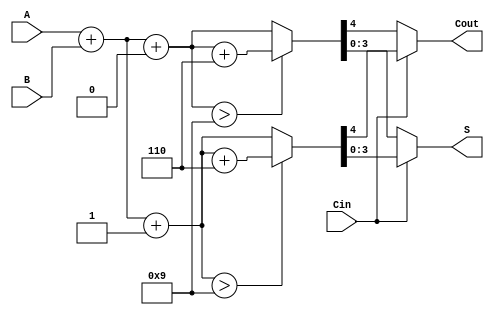
module BCD_MCSA (
    input [3:0] A,      // BCD digit A
    input [3:0] B,      // BCD digit B
    input Cin,          // Carry-in
    output reg [3:0] S, // BCD sum output
    output reg Cout     // Carry-out
);

// Internal signals for sums
wire [4:0] Sum0;         // Sum when Cin = 0
wire [4:0] Sum1;         // Sum when Cin = 1

// Calculate Sum0 and Sum1
assign Sum0 = A + B + 4'b0000; // A + B + 0
assign Sum1 = A + B + 4'b0001; // A + B + 1

// BCD correction logic
wire [4:0] corrected_Sum0;
wire [4:0] corrected_Sum1;

// Check if sums exceed BCD range
assign corrected_Sum0 = (Sum0 > 5'd9) ? (Sum0 + 5'd6) : Sum0; // Add 6 if Sum0 > 9
assign corrected_Sum1 = (Sum1 > 5'd9) ? (Sum1 + 5'd6) : Sum1; // Add 6 if Sum1 > 9

// Final output selection based on Cin
always @(*) begin
    if (Cin) begin
        S = corrected_Sum1[3:0]; // Select corrected Sum1
        Cout = corrected_Sum1[4]; // Carry-out from corrected Sum1
    end else begin
        S = corrected_Sum0[3:0]; // Select corrected Sum0
        Cout = corrected_Sum0[4]; // Carry-out from corrected Sum0
    end
end

endmodule